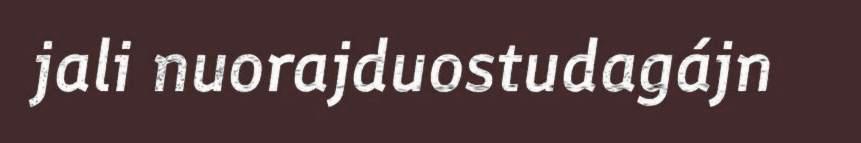
jali nuorajduostudagájn